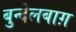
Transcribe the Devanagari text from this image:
बुन्देलबाग़